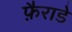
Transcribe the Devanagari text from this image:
फ़ैराडे